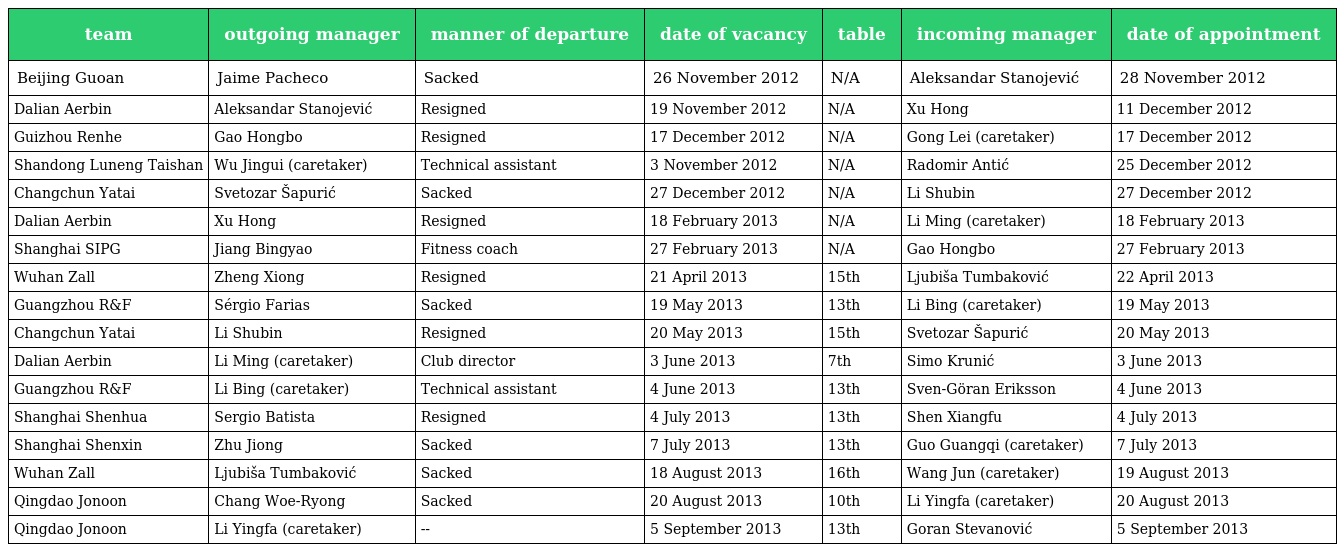
| team | outgoing manager | manner of departure | date of vacancy | table | incoming manager | date of appointment |
 | --- | --- | --- | --- | --- | --- | --- |
 | Beijing Guoan | Jaime Pacheco | Sacked | 26 November 2012 | N/A | Aleksandar Stanojević | 28 November 2012 |
 | Dalian Aerbin | Aleksandar Stanojević | Resigned | 19 November 2012 | N/A | Xu Hong | 11 December 2012 |
 | Guizhou Renhe | Gao Hongbo | Resigned | 17 December 2012 | N/A | Gong Lei (caretaker) | 17 December 2012 |
 | Shandong Luneng Taishan | Wu Jingui (caretaker) | Technical assistant | 3 November 2012 | N/A | Radomir Antić | 25 December 2012 |
 | Changchun Yatai | Svetozar Šapurić | Sacked | 27 December 2012 | N/A | Li Shubin | 27 December 2012 |
 | Dalian Aerbin | Xu Hong | Resigned | 18 February 2013 | N/A | Li Ming (caretaker) | 18 February 2013 |
 | Shanghai SIPG | Jiang Bingyao | Fitness coach | 27 February 2013 | N/A | Gao Hongbo | 27 February 2013 |
 | Wuhan Zall | Zheng Xiong | Resigned | 21 April 2013 | 15th | Ljubiša Tumbaković | 22 April 2013 |
 | Guangzhou R&F | Sérgio Farias | Sacked | 19 May 2013 | 13th | Li Bing (caretaker) | 19 May 2013 |
 | Changchun Yatai | Li Shubin | Resigned | 20 May 2013 | 15th | Svetozar Šapurić | 20 May 2013 |
 | Dalian Aerbin | Li Ming (caretaker) | Club director | 3 June 2013 | 7th | Simo Krunić | 3 June 2013 |
 | Guangzhou R&F | Li Bing (caretaker) | Technical assistant | 4 June 2013 | 13th | Sven-Göran Eriksson | 4 June 2013 |
 | Shanghai Shenhua | Sergio Batista | Resigned | 4 July 2013 | 13th | Shen Xiangfu | 4 July 2013 |
 | Shanghai Shenxin | Zhu Jiong | Sacked | 7 July 2013 | 13th | Guo Guangqi (caretaker) | 7 July 2013 |
 | Wuhan Zall | Ljubiša Tumbaković | Sacked | 18 August 2013 | 16th | Wang Jun (caretaker) | 19 August 2013 |
 | Qingdao Jonoon | Chang Woe-Ryong | Sacked | 20 August 2013 | 10th | Li Yingfa (caretaker) | 20 August 2013 |
 | Qingdao Jonoon | Li Yingfa (caretaker) | -- | 5 September 2013 | 13th | Goran Stevanović | 5 September 2013 |